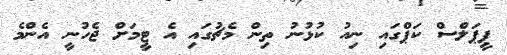
ޕީޕަލްސް ކަޕްގައި ނިއު ކުޅުނު ތިން މެޗުގައި އެ ޓީމަށް ޖެހުނީ އެންމެ